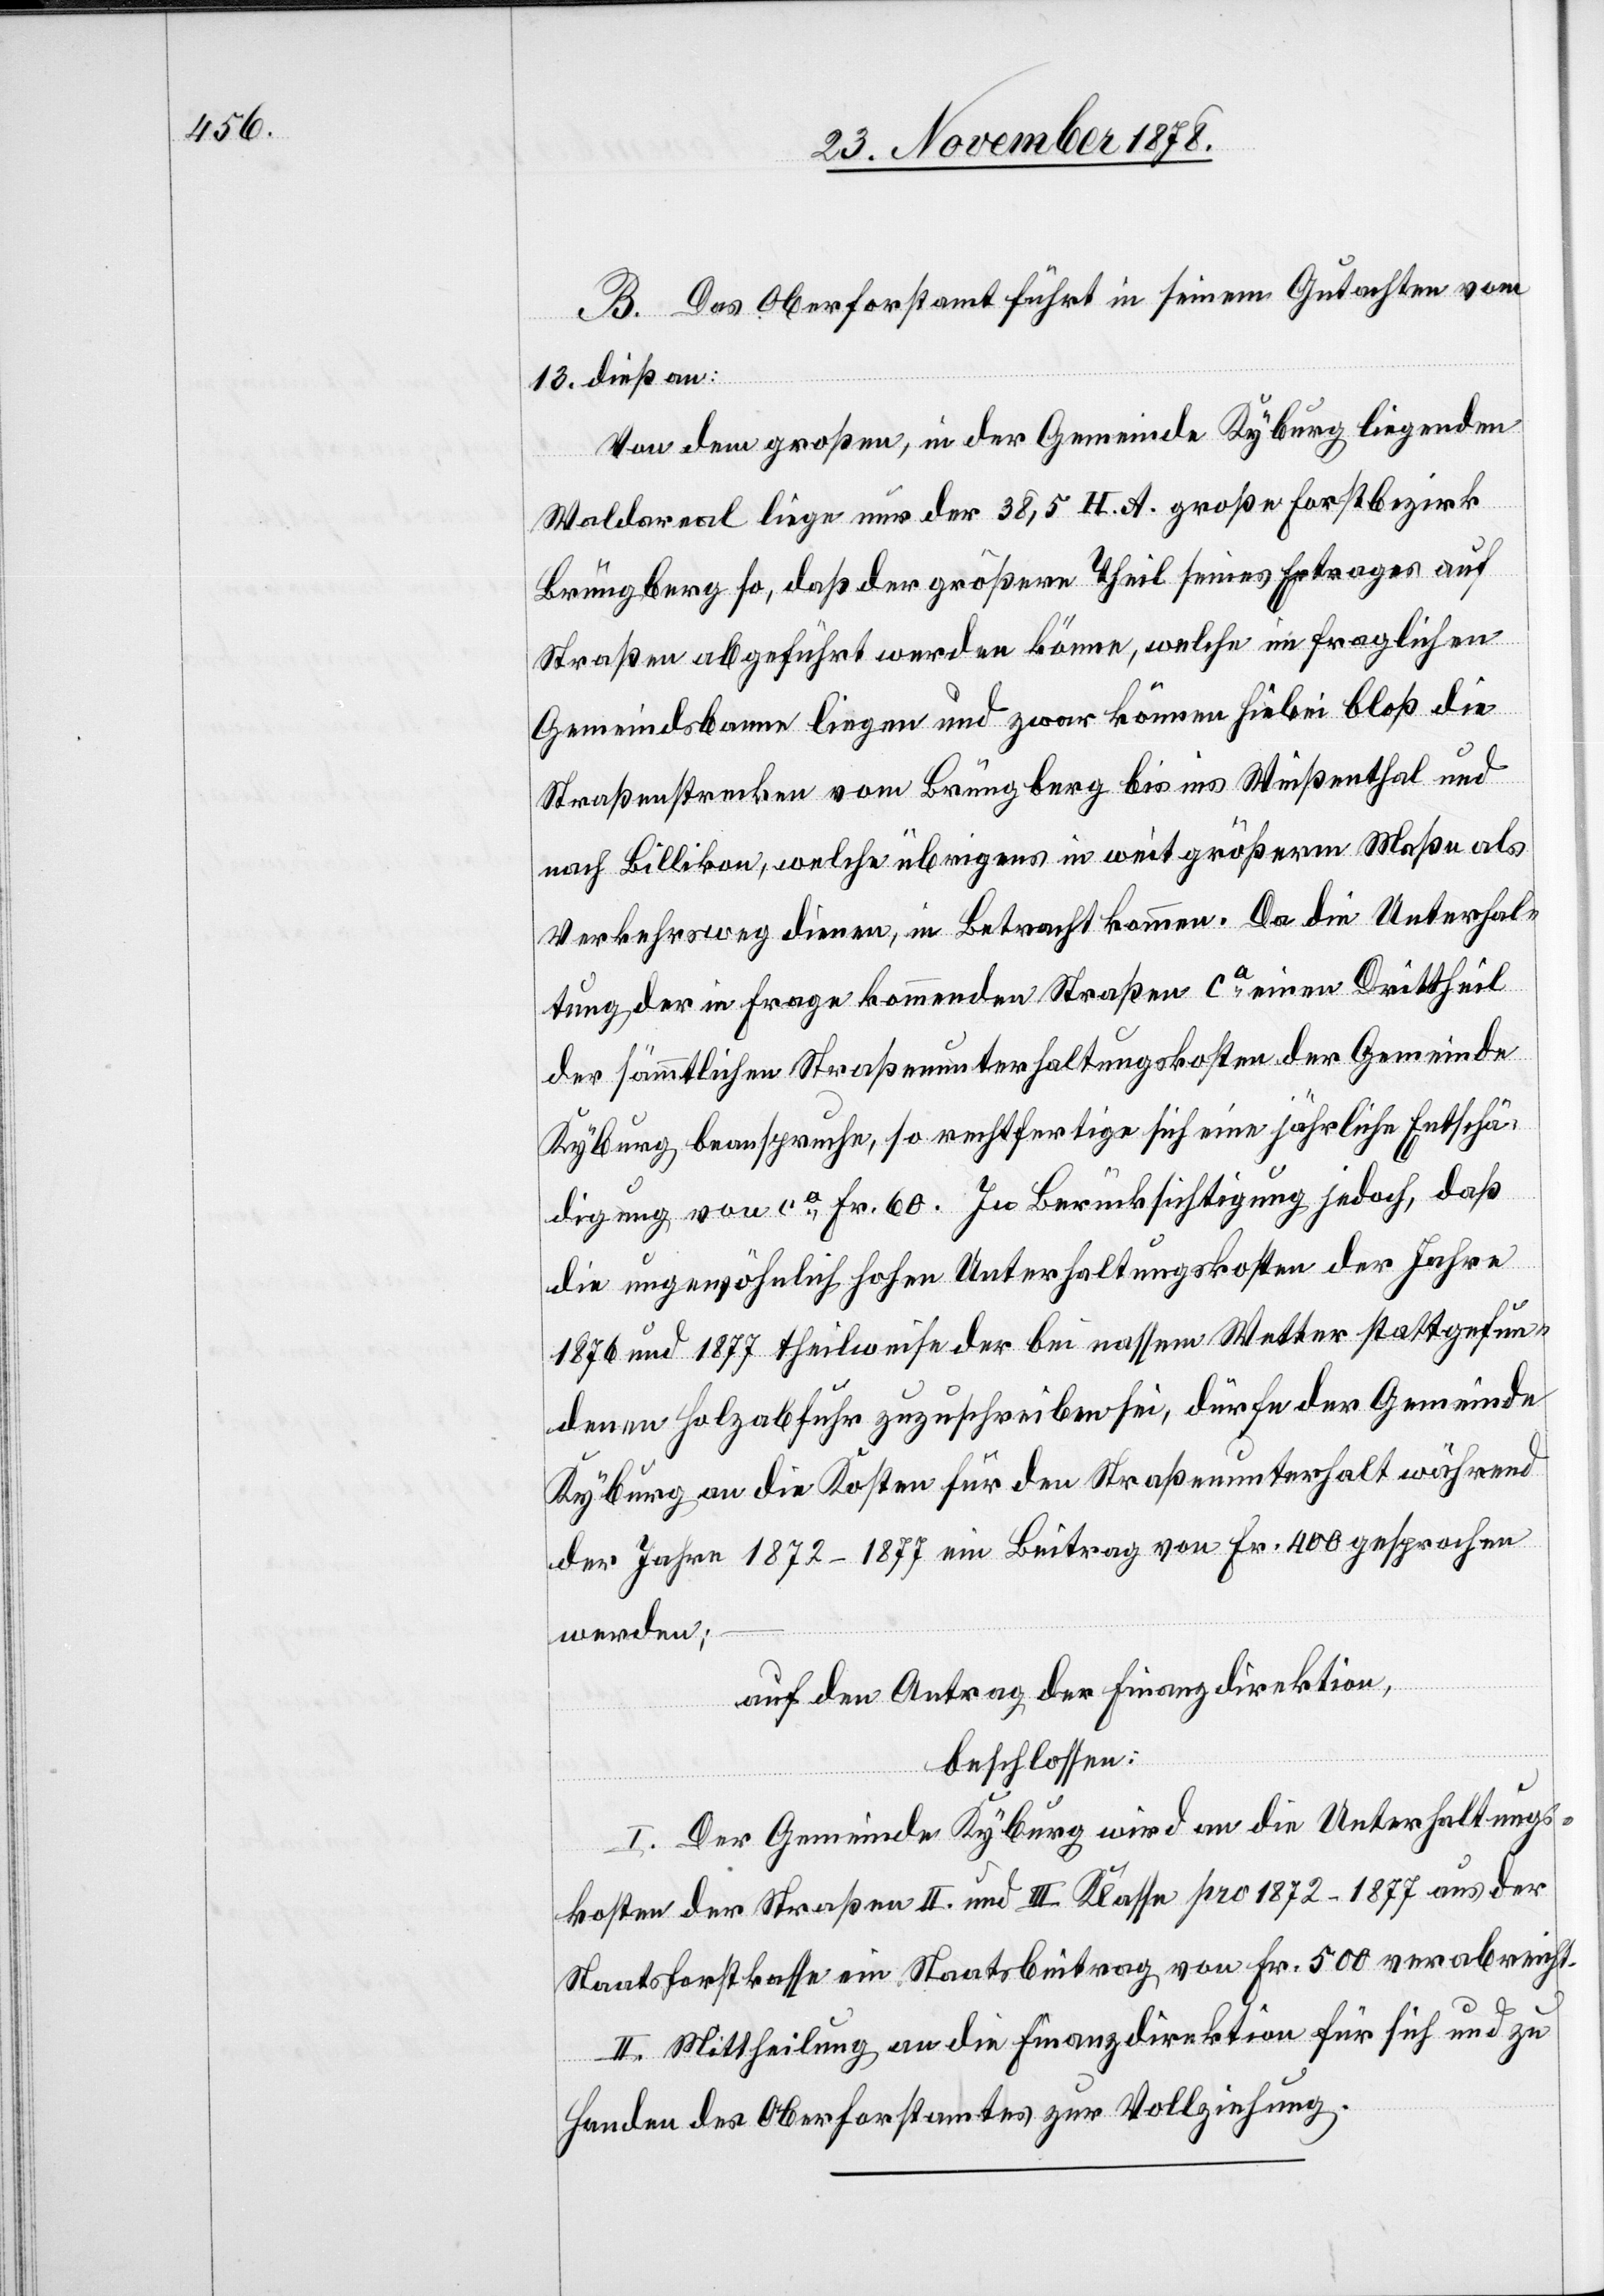
B. Das Oberforstamt führt in seinem Gutachten vom
13. dieß an:
Von dem großen, in der Gemeinde Kyburg liegenden
Waldareal liege nur der 38,5 H. A. große Forstbezirk
Brüngberg so, daß der größere Theil seines Ertrages auf
Straßen abgeführt werden könne, welche in fraglichen
Gemeindsbann liegen und zwar können hiebei bloß die
Straßenstrecken vom Brüngberg bis ins Weißenthal und
nach Billikon, welche übrigens in weit größerm Maße als
Verkehrsweg dienen, in Betracht kommen. Da die Unterhal¬
tung der in Frage kommenden Straße ca einen Drittheil
der sämmtlichen Straßenunterhaltungskosten der Gemeinde
Kyburg beanspruche, so rechtfertige sich eine jährliche Entschä¬
digung von ca Fr. 60. In Berücksichtigung jedoch, daß
die ungewöhnlich hohen Unterhaltungskosten der Jahre
1876 und 1877 theilweise der bei nassem Wetter stattgefun¬
denen Holzabfuhr zuzuschreiben sei, dürfe der Gemeinde
Kyburg an die Kosten für den Straßenunterhalt während
der Jahre 1872–1877 ein Beitrag von Fr. 400 gesprochen
werden;
auf den Antrag der Finanzdirektion,
beschlossen:
I. Der Gemeinde Kyburg wird an die Unterhaltungs¬
kosten der Straße II. und III. Klasse pro 1872–1877 aus der
Staatsforstkasse ein Staatsbeitrag von Fr. 500 verabreicht.
II. Mittheilung an die Finanzdirektion für sich und zu
Handen des Oberforstamtes zur Vollziehung.